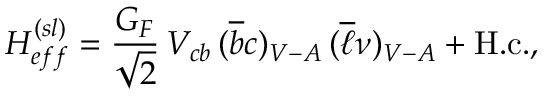
H _ { e f f } ^ { ( s l ) } = \frac { G _ { F } } { \sqrt { 2 } } \, V _ { c b } \, ( \overline { { b } } c ) _ { V - A } \, ( \overline { { \ell } } \nu ) _ { V - A } + \mathrm { H . c . } , \,